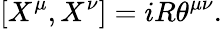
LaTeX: [X^{\mu},X^{\nu}]=iR{\theta}^{{\mu}{\nu}}.